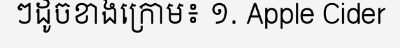
ៗដូចខាងក្រោម៖ ១. Apple Cider